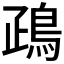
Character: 𪀑